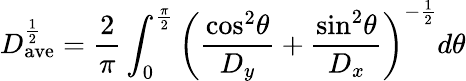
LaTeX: D_{\mathrm{ave}}^{\frac{1}{2}}=\frac{2}{\pi}\int_{0}^{\frac{\pi}{2}}\left(\frac{\mathrm{cos}^{2}\theta}{D_{y}}+\frac{\mathrm{sin}^{2}\theta}{D_{x}}\right)^{-\frac{1}{2}}d\theta